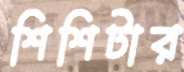
শিশিটার